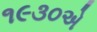
૧૯૩૦એ